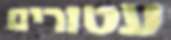
עטורים